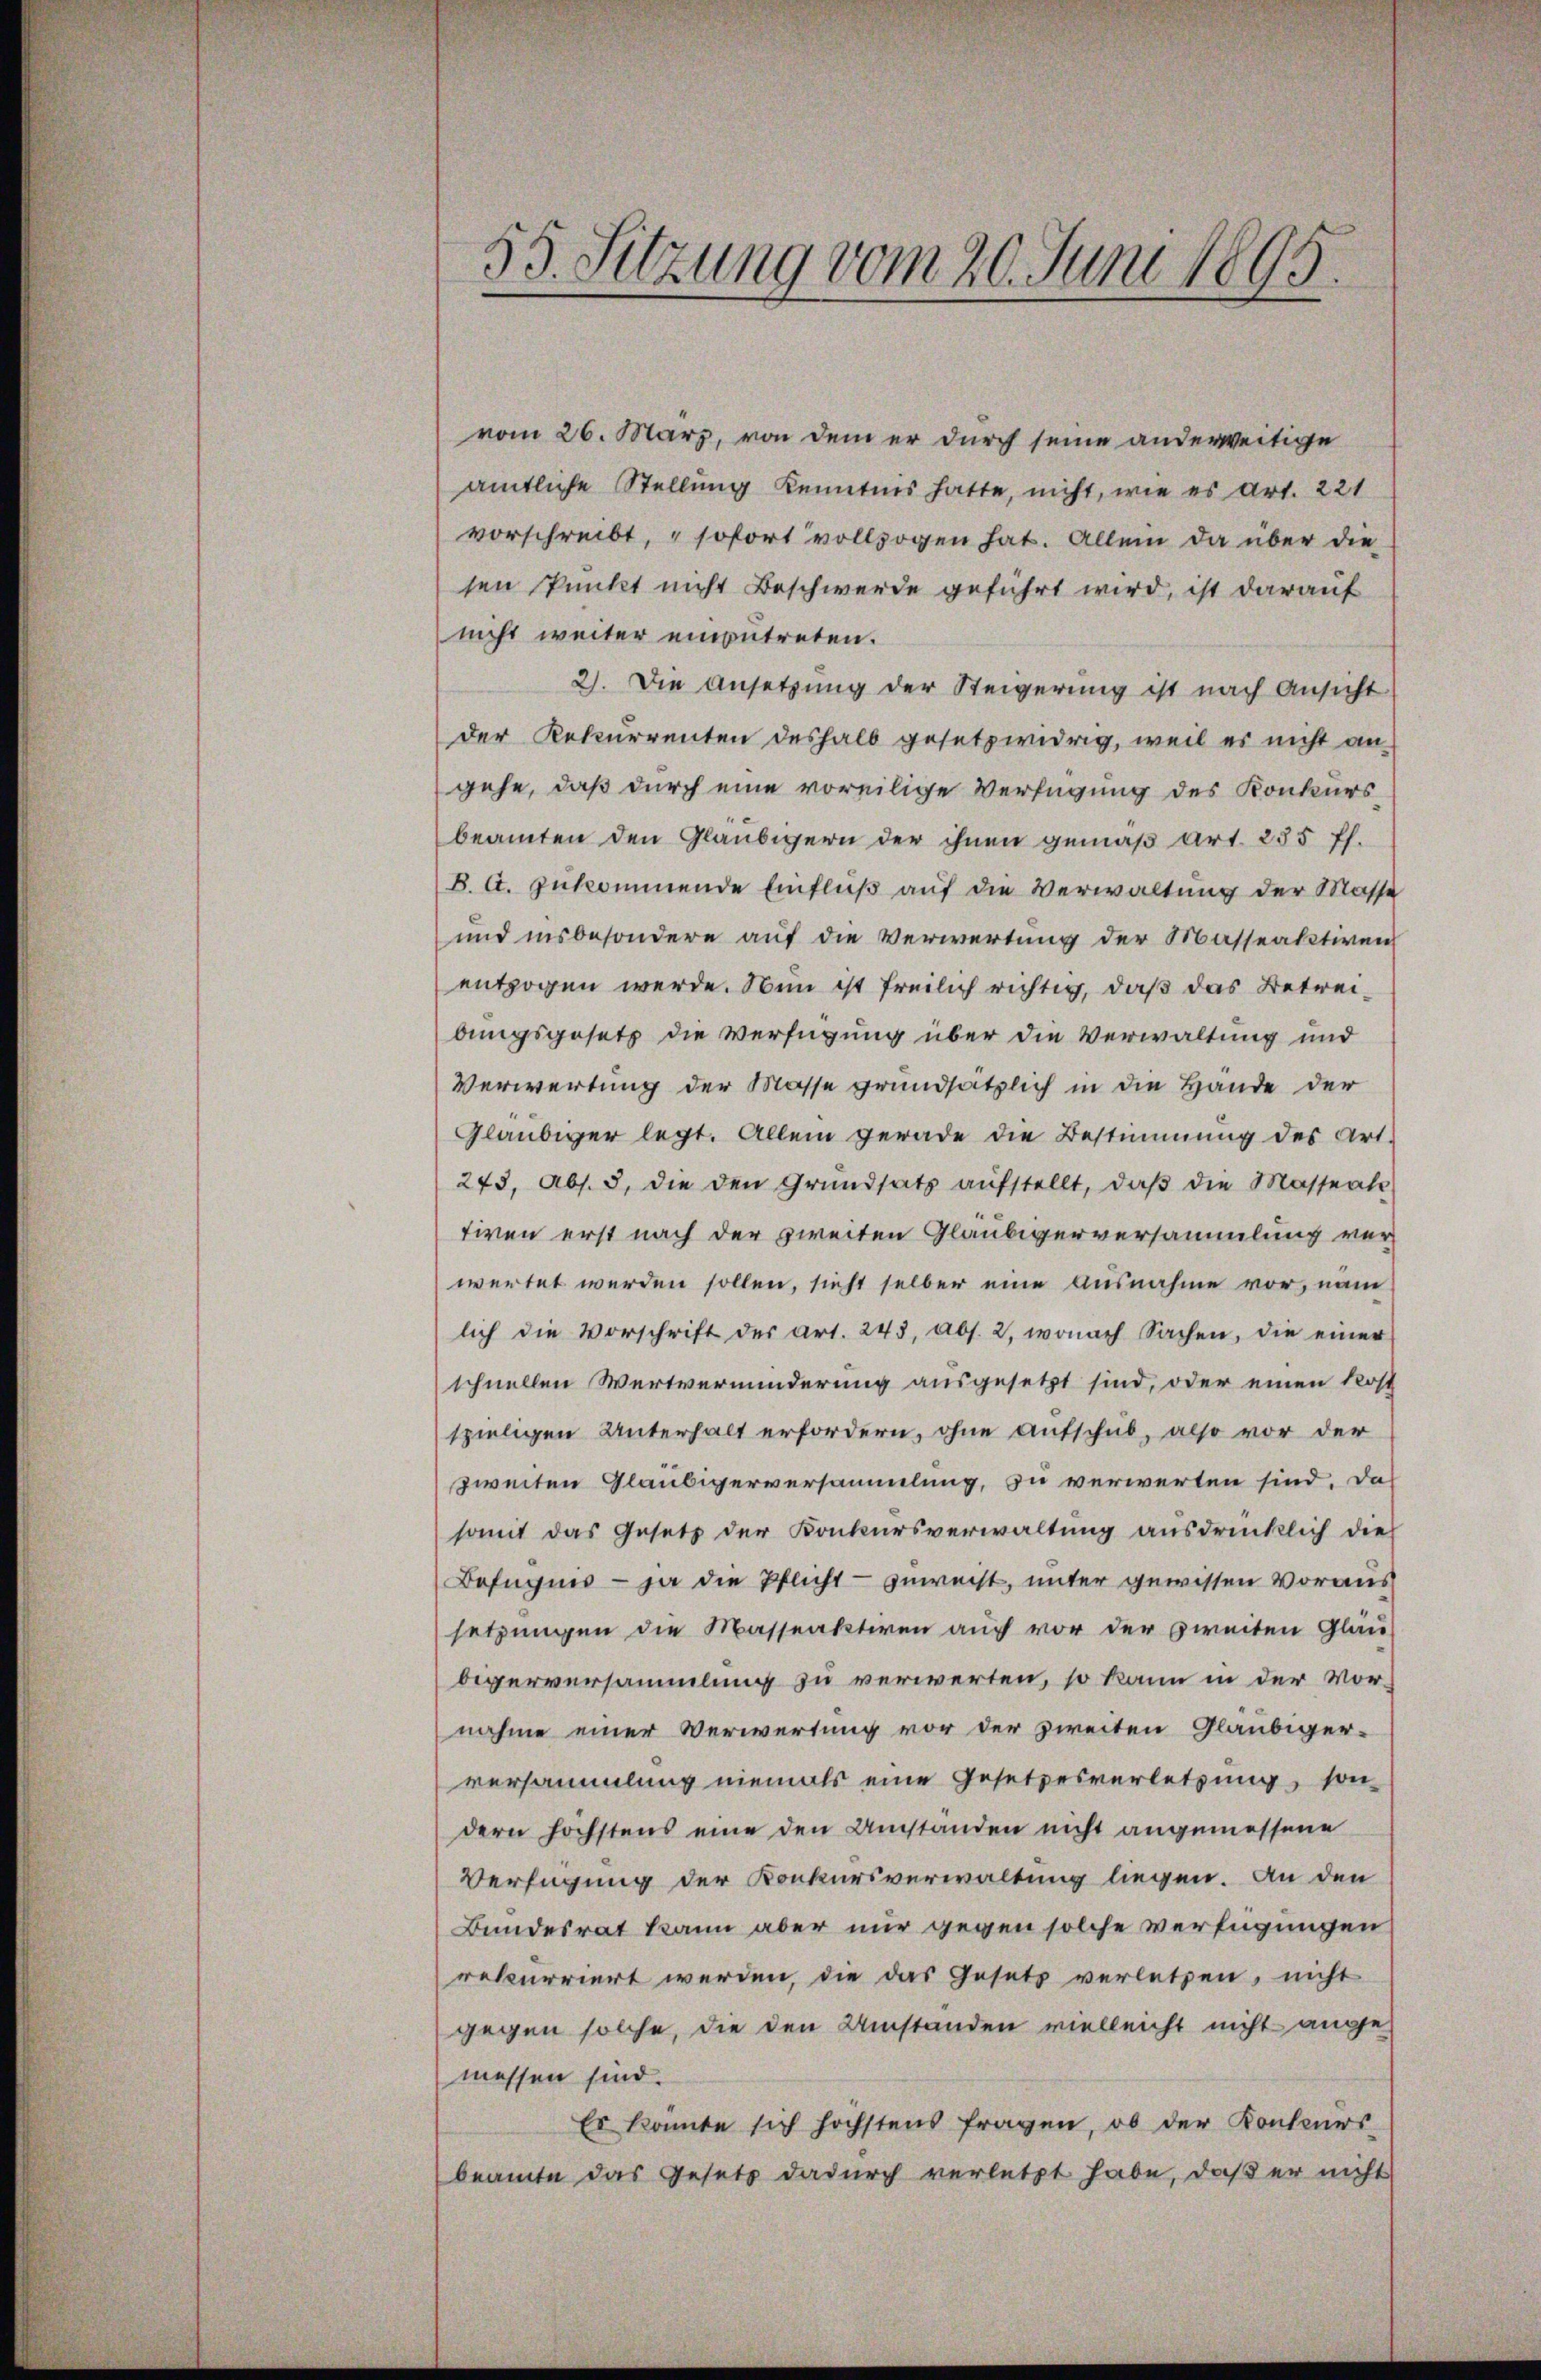
55. Sitzung vom 20. Juni 1895

vom 26. März, von dem er durch seine anderweitige
amtliche Stellung Kenntnis hatte, nicht, wie es art. 221
vorschreibt, sofort vollzogen hat. Allein da über die
sen Punkt nicht Beschwerde geführt wird, ist darauf
nicht weiter einzutreten.
2). Die Ansetzung der Steigerung ist nach Ansicht
der Rekurrenten deshalb gesetzwidrig, weil es nicht an-
gehe, daß durch eine voreilige Verfügung des Konkursbeamten den Gläubigern der ihnen gemäß Art. 255 ff.
B. G. zukommende Einfluß auf die Verwaltung der Masse
und insbesondere auf die Verwertung der Masseaktiven
entzogen werde. Nun ist freilich richtig, daß das Betreibungsgesetz die Verfügung über die Verwaltung und
Verwertung der Masse grundsätzlich in die Hände der
Gläubiger legt. Allein gerade die Bestimmung des Art.
243, Abs. 3. die den Grŭndsatz aŭfstellt, daβ die Masserte
tiven erst nach der zweiten Gläubigerversammlung ver-
wertet werden sollen, sieht selber eine Ausnahme vor, nam
lich die Vorschrift der Art. 245, Abs. 2, wonach Sachen, die einer
schnellen Wertverminderung ausgesetzt sind, oder einen Rost
spieligen Unterhalt erfordern, ohne Aufschub, also vor der
zweiten Gläubigerversammlung, zu verwerten sind. Das
somit das Gesetz der Konkursverwaltung ausdrücklich die
Befugnis - ja die Pflicht - zuweist, unter gewissen Voraus
setzungen die Masseaktiven auch vor der zweiten Gläu-
bigerversammlung zu verwerten, so kann in der Vor-
nahme einer Verwertung vor der zweiten Gläubiger-
versammlung niemals eine Gesetzesverletzung, son-
dern höchstens eine den Umstanden nicht angemessene
Verfügung der Konkursverwaltung liegen. An den
Bundesrat kann aber nur gegen solche Verfügungen
rekurriert werden, die das Gesetz verletzen, nicht
gegen solche, die den Umständen vielleicht nicht ange
messen sind.
Es könnte sich höchstens fragen, ob der Konkurs-
beamte das Gesetz dadurch verletzt habe, daß er nicht